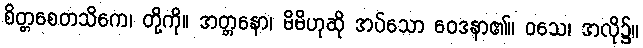
စိတ္တစေတသိကေ၊ တို့ကို။ အတ္တနော၊ မိမိဟုဆို အပ်သော ဝေဒနာ၏။ ဝသေ၊ အလို၌။